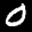
Label: 0